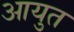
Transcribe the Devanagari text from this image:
आयुत